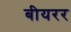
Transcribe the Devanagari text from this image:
बीयरर